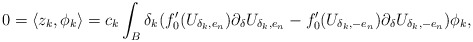
\begin{align*}0=\langle z_k,\phi_k\rangle=c_k \int_{B} \delta_k (f_0'(U_{\delta_k,e_n})\partial_\delta U_{\delta_k,e_n}-f_0'(U_{\delta_k,-e_n})\partial_\delta U_{\delta_k,-e_n})\phi_k,\end{align*}